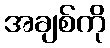
အချစ်ကို